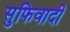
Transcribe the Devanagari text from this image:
सुफिवादी